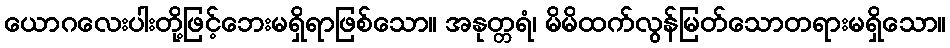
ယောဂလေးပါးတို့ဖြင့်ဘေးမရှိရာဖြစ်သော။ အနုတ္တရံ၊ မိမိထက်လွန်မြတ်သောတရားမရှိသော။